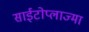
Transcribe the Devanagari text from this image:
साईटोप्लाज्मा